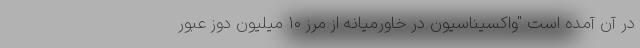
در آن آمده است "واکسیناسیون در خاورمیانه از مرز ۱۰ میلیون دوز عبور